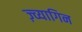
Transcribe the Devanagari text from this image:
ज़्व्यागिन